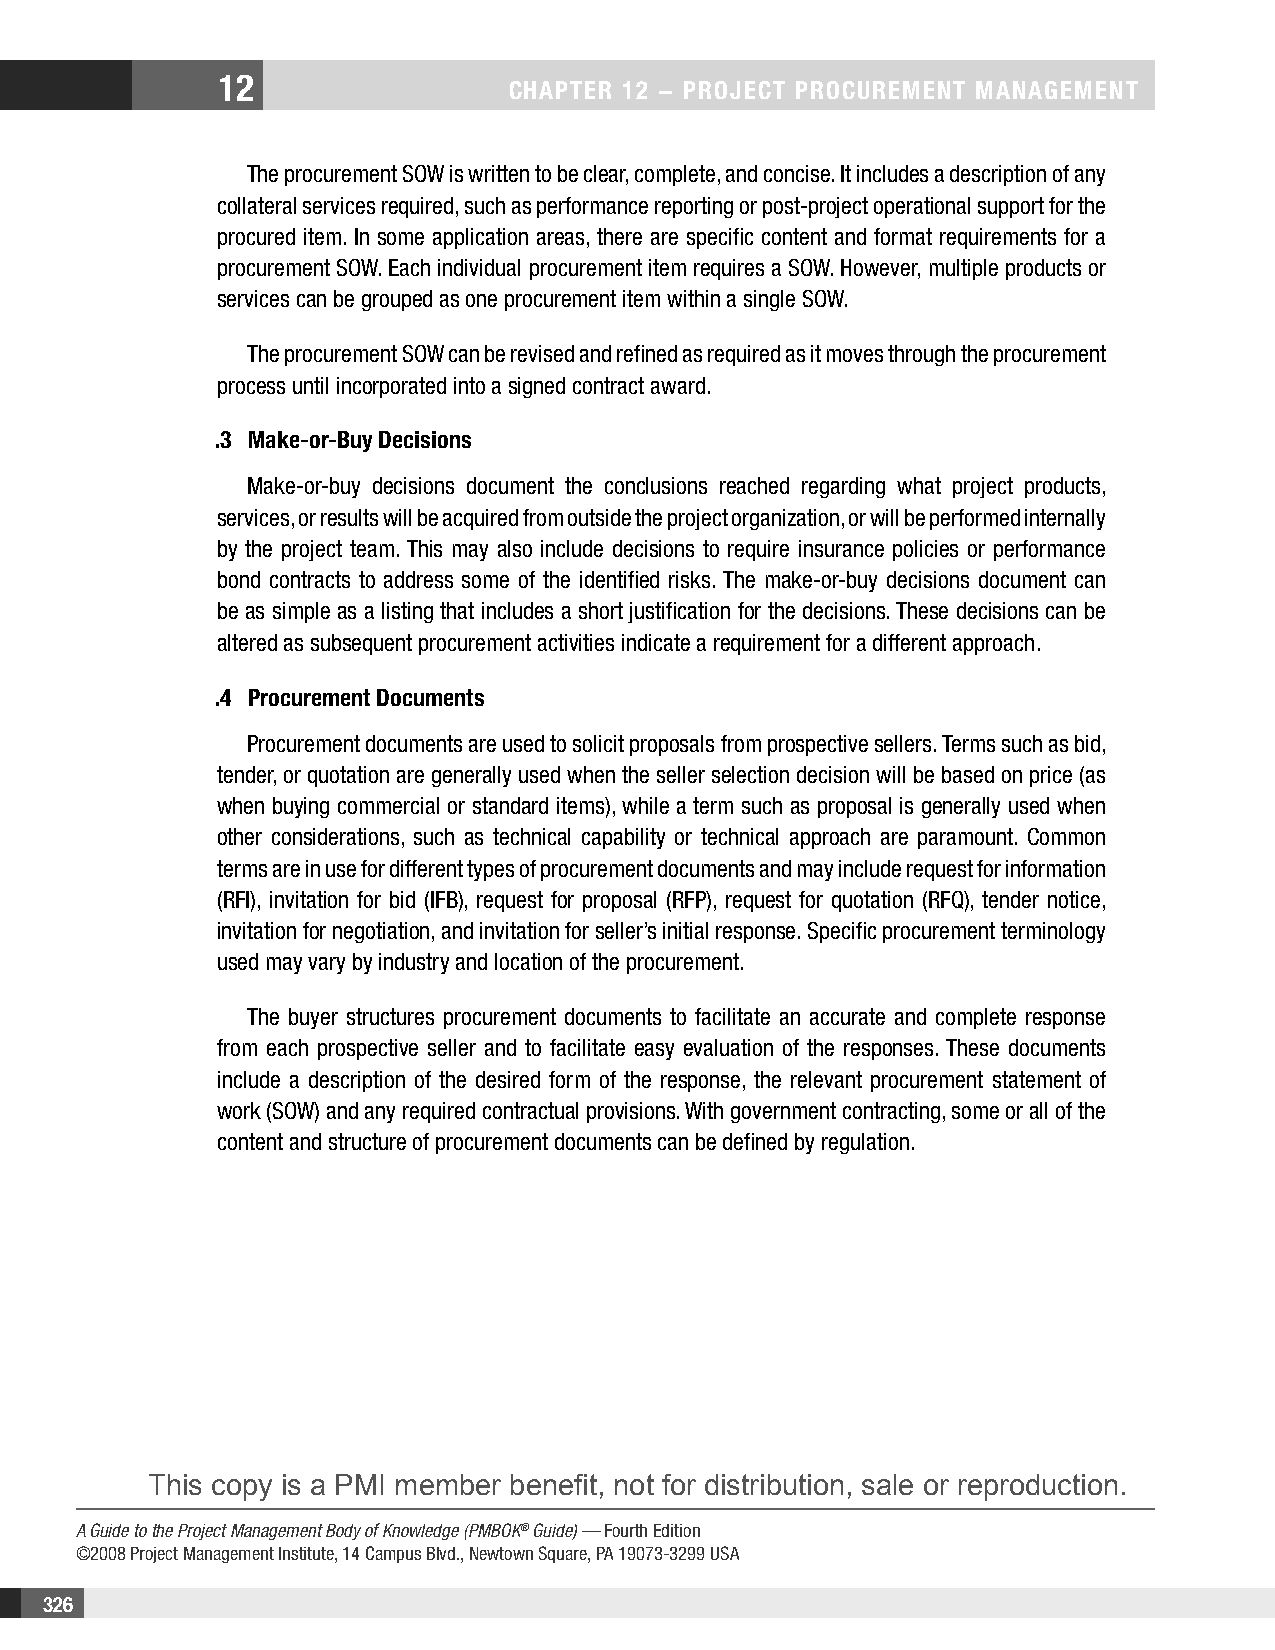
12
 CHAPTER 12 − PROjECT PROCuREMEnT MAnAgEMEnT
 The procurement SOW is written to be clear, complete, and concise. It includes a description of any
 collateral services required, such as performance reporting or post-project operational support for the
 procured item. In some application areas, there are specific content and format requirements for a
 procurement SOW. Each individual procurement item requires a SOW. However, multiple products or
 services can be grouped as one procurement item within a single SOW.
 The procurement SOW can be revised and refined as required as it moves through the procurement
 process until incorporated into a signed contract award.
 .3 Make-or-Buy Decisions
 Make-or-buy decisions document the conclusions reached regarding what project products,
 services, or results will be acquired from outside the project organization, or will be performed internally
 by the project team. This may also include decisions to require insurance policies or performance
 bond contracts to address some of the identified risks. The make-or-buy decisions document can
 be as simple as a listing that includes a short justification for the decisions. These decisions can be
 altered as subsequent procurement activities indicate a requirement for a different approach.
 .4 Procurement Documents
 Procurement documents are used to solicit proposals from prospective sellers. Terms such as bid,
 tender, or quotation are generally used when the seller selection decision will be based on price (as
 when buying commercial or standard items), while a term such as proposal is generally used when
 other considerations, such as technical capability or technical approach are paramount. Common
 terms are in use for different types of procurement documents and may include request for information
 (RFI), invitation for bid (IFB), request for proposal (RFP), request for quotation (RFQ), tender notice,
 invitation for negotiation, and invitation for seller’s initial response. Specific procurement terminology
 used may vary by industry and location of the procurement.
 The buyer structures procurement documents to facilitate an accurate and complete response
 from each prospective seller and to facilitate easy evaluation of the responses. These documents
 include a description of the desired form of the response, the relevant procurement statement of
 work (SOW) and any required contractual provisions. With government contracting, some or all of the
 content and structure of procurement documents can be defined by regulation.
 This copy is a PMI member benefit, not for distribution, sale or reproduction.
 A Guide to the Project Management Body of Knowledge (PMBOK® Guide) — Fourth Edition
 ©2008 Project Management Institute, 14 Campus Blvd., Newtown Square, PA 19073-3299 USA
 326